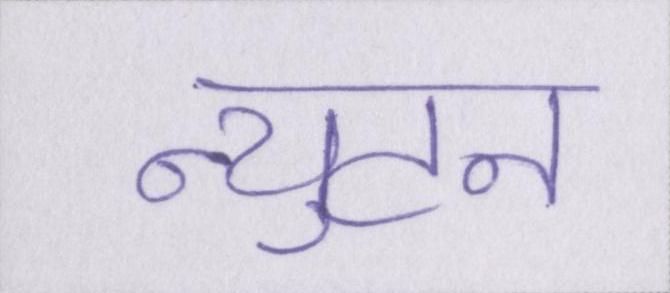
न्युटन